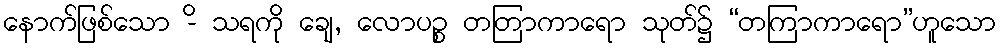
နောက်ဖြစ်သော -ိ သရကို ချေ, လောပဉ္စ တတြာကာရော သုတ်၌ “တကြာကာရော”ဟူသော